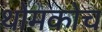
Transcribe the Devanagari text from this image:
थोमकोच